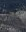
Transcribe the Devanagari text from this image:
संग्रहन